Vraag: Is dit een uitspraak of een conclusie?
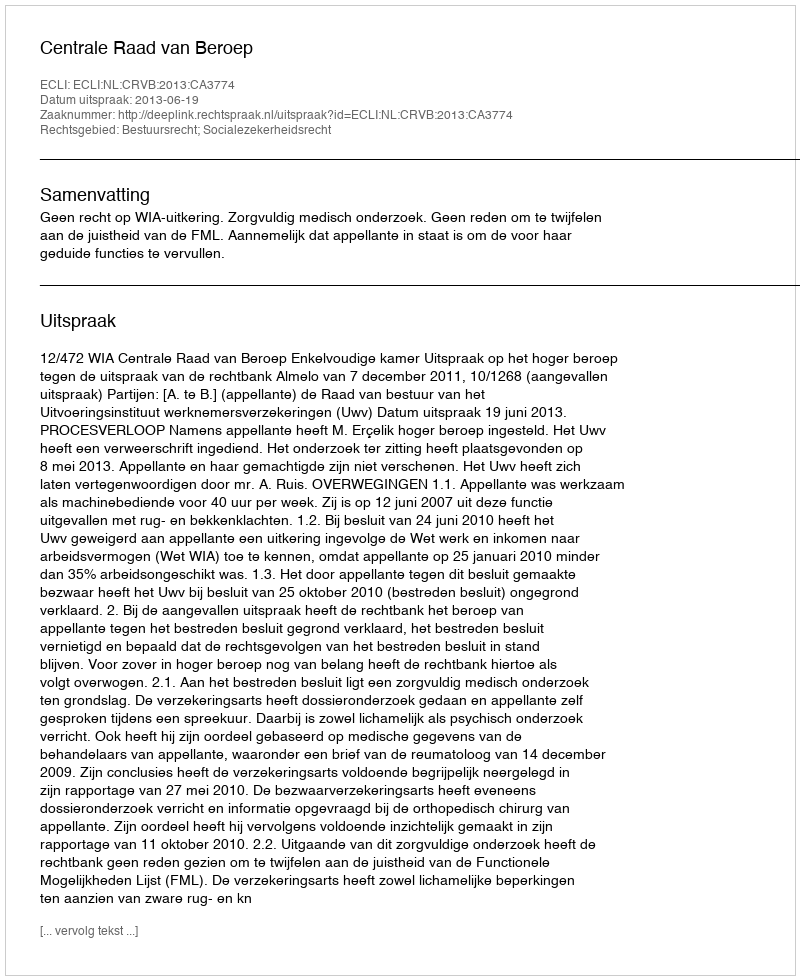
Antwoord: Uitspraak